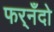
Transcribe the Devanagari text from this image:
फर्‌नँदो